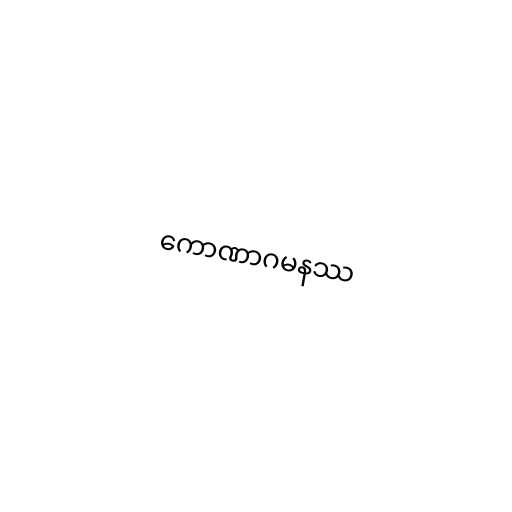
ကောဏာဂမနဿ